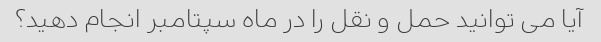
آیا می توانید حمل و نقل را در ماه سپتامبر انجام دهید؟